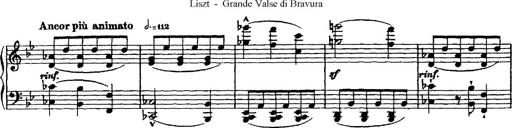
Title: Grande valse di bravura
Composer: Franz Liszt